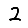
Digit: 2